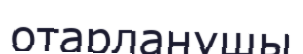
отарланушы